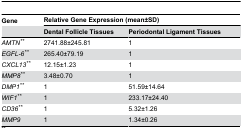
| Gene | <COLSPAN=2> Relative Gene Expression (mean±SD) |
 |  | Dental Follicle Tissues | Periodontal Ligament Tissues |
 | --- | --- | --- |
 | AMTN** | 2741.88±245.81 | 1 |
 | EGFL-6** | 265.40±79.19 | 1 |
 | CXCL13** | 12.15±1.23 | 1 |
 | MMP8** | 3.48±0.70 | 1 |
 | DMP1** | 1 | 51.59±14.64 |
 | WIF1** | 1 | 233.17±24.40 |
 | CD36** | 1 | 5.32±1.26 |
 | MMP9 | 1 | 1.34±0.26 |